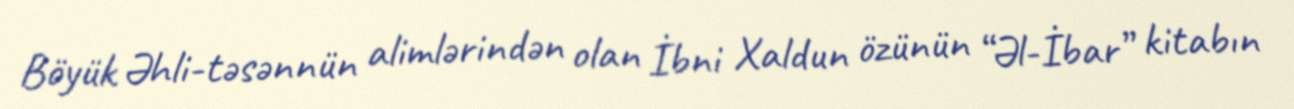
Böyük Əhli-təsənnün alimlərindən olan İbni Xaldun özünün “Əl-İbar” kitabın